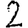
Digit: 2